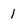
Character: 1